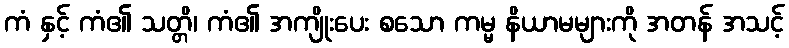
ကံ နှင့် ကံ၏ သတ္တိ၊ ကံ၏ အကျိုးပေး စသော ကမ္မ နိယာမများကို အတန် အသင့်